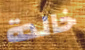
خالدة